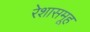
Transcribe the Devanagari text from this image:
रेशासमूह